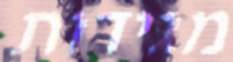
מגידות